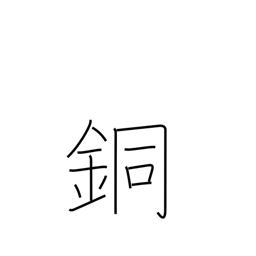
Meaning: copper